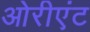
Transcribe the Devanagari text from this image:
ओरीएंट